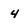
Character: 4